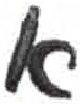
אות: א